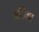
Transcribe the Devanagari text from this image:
मुठिका